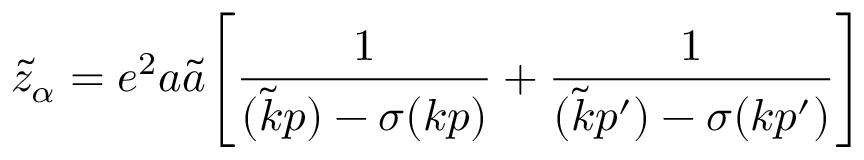
\tilde { z } _ { \alpha } = e ^ { 2 } a \tilde { a } \Bigg [ \frac { 1 } { ( \tilde { k } p ) - \sigma ( k p ) } + \frac { 1 } { ( \tilde { k } p ^ { \prime } ) - \sigma ( k p ^ { \prime } ) } \Bigg ]